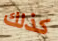
كذلك